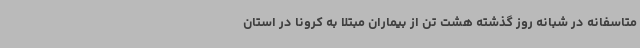
متاسفانه در شبانه روز گذشته هشت تن از بیماران مبتلا به کرونا در استان